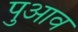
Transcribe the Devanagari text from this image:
पुआव